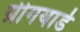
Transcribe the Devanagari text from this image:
ग्रीगयार्ड